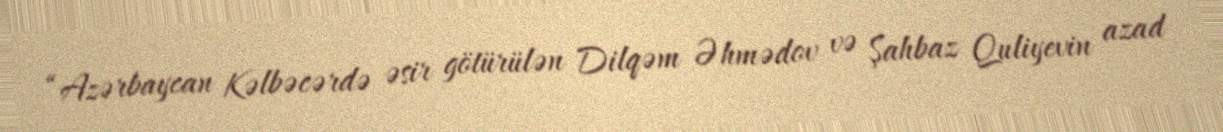
“Azərbaycan Kəlbəcərdə əsir götürülən Dilqəm Əhmədov və Şahbaz Quliyevin azad